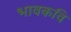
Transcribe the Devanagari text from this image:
भावकवि